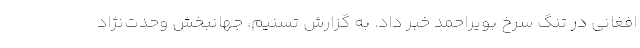
افغانی در تنگ سرخ بویراحمد خبر داد. به گزارش تسنیم، جهانبخش وحدت‌نژاد